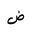
Letter: _dad